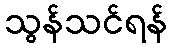
သွန်သင်ရန်